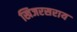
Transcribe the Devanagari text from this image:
खिजरसराय